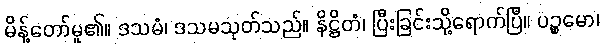
မိန့်တော်မူ၏။ ဒသမံ၊ ဒသမသုတ်သည်။ နိဋ္ဌိတံ၊ ပြီးခြင်းသို့ရောက်ပြီ။ ပဉ္စမော၊